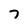
Character: 7